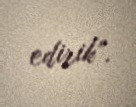
edirik”.